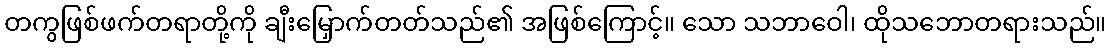
တကွဖြစ်ဖက်တရာတို့ကို ချီးမြှောက်တတ်သည်၏ အဖြစ်ကြောင့်။ သော သဘာဝေါ၊ ထိုသဘောတရားသည်။